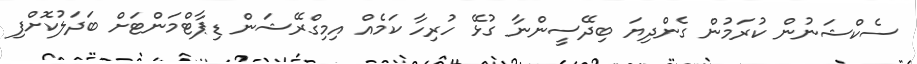
ސެކްޝަނުން ކުރަމުން ގެންދިޔަ ބިދޭސީންނާ ގުޅޭ ހުރިހާ ކަމެއް އިމިގްރޭޝަން ޑިޕާޓްމަންޓަށް ބަދަލުކޮށްފި